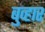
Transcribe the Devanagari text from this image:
बुव्हार